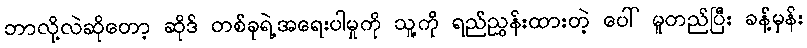
ဘာလို့လဲဆိုတော့ ဆိုဒ် တစ်ခုရဲ့အရေးပါမှုကို သူ့ကို ရည်ညွှန်းထားတဲ့ ပေါ် မူတည်ပြီး ခန့်မှန်း